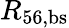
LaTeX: R_{\mathrm{56,bs}}